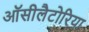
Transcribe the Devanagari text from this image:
ऑसीलैटोरिया